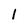
Character: 1